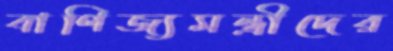
বাণিজ্যমন্ত্রীদের